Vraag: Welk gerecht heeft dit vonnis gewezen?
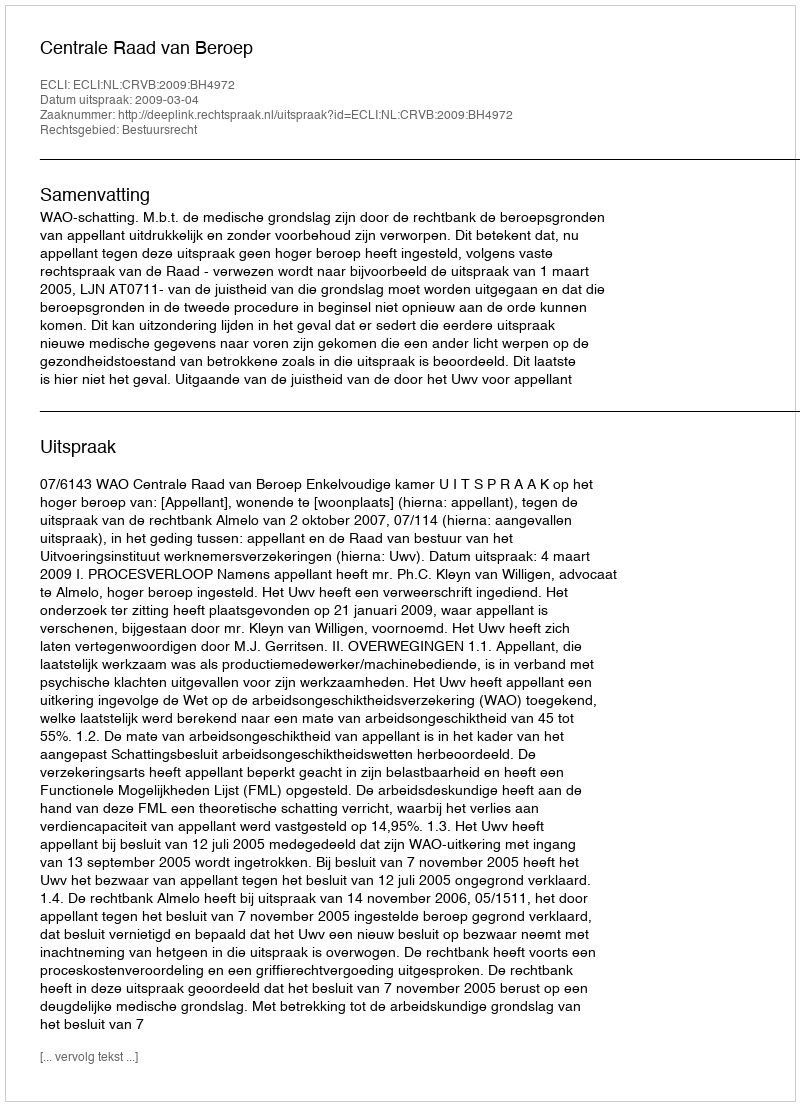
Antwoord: Centrale Raad van Beroep